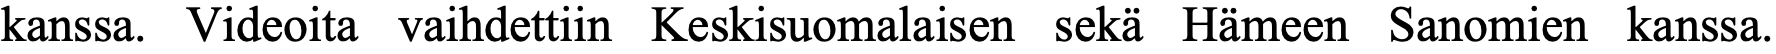
kanssa. Videoita vaihdettiin Keskisuomalaisen sekä Hämeen Sanomien kanssa.